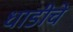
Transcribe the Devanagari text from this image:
धाडीचे